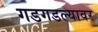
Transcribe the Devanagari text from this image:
गडगडल्यावर